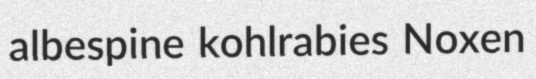
albespine kohlrabies Noxen